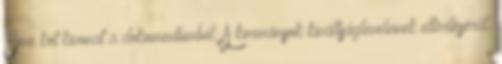
Íme két kivonat a dokumentumból: A kormányok kiváltságleveleinek eltörléséről: